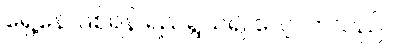
ရှေ့နေ ဖြစ်ရန် ရည်ရွယ်၍ လေ့လာသည်။